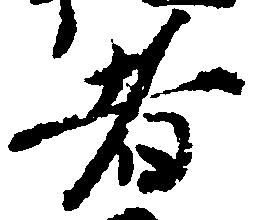
者